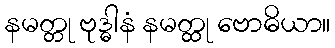
နမတ္တု ဗုဒ္ဓါနံ နမတ္ထု ဗောဓိယာ။